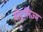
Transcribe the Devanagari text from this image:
बोटुलिज्म